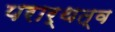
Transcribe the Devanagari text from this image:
परार्थत्व